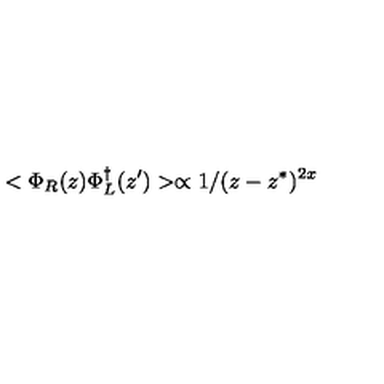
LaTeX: < \Phi _ { R } ( z ) \Phi _ { L } ^ { \dagger } ( z ^ { \prime } ) > \propto 1 / ( z - z ^ { * } ) ^ { 2 x }